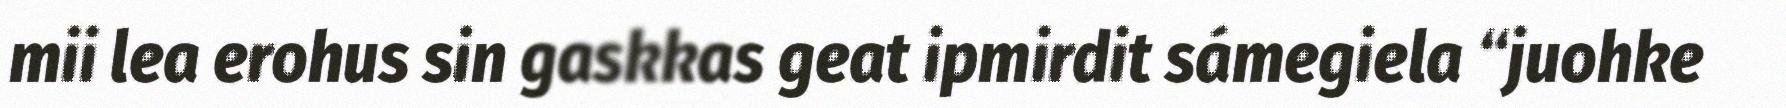
mii lea erohus sin gaskkas geat ipmirdit sámegiela “juohke